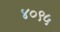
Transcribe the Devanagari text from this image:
४०९५